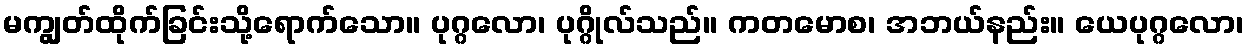
မကျွတ်ထိုက်ခြင်းသို့ရောက်သော။ ပုဂ္ဂလော၊ ပုဂ္ဂိုလ်သည်။ ကတမောစ၊ အဘယ်နည်း။ ယေပုဂ္ဂလော၊